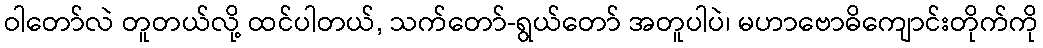
ဝါတော်လဲ တူတယ်လို့ ထင်ပါတယ်, သက်တော်-ရွယ်တော် အတူပါပဲ၊ မဟာဗောဓိကျောင်းတိုက်ကို